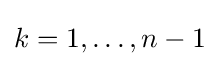
k=1,\dots ,n-1